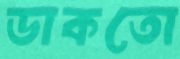
ডাকতো